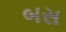
બસ